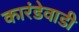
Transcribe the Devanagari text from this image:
कारंडेवाडी